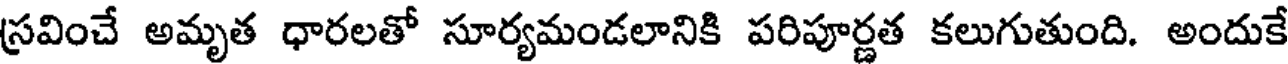
స్రవించే అమృత ధారలతో సూర్యమండలానికి పరిపూర్ణత కలుగుతుంది. అందుకే